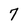
Character: 7